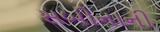
સબીનાની